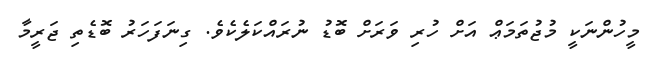
މީހުންނަކީ މުޖުތަމަޢް އަށް ހުރި ވަރަށް ބޮޑު ނުރައްކަލެކެވެ. ގިނަފަހަރު ބޮޑެތި ޖަރީމާ